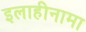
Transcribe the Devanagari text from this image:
इलाहीनामा